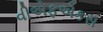
વીએફએકસ